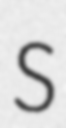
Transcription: S